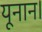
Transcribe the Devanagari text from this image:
यूनान।